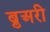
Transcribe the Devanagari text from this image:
ब्रुअरी